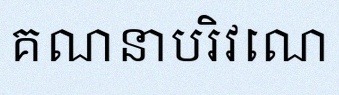
គណនាបរិវេណ